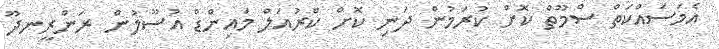
އެމަސައްކަތް ސްމޫތް ކޮށް ކުރަމުން ދަނި ކޮށް ކްރުއަލް މައިންޑް އުސޫލުން ރަންރީނދޫ